Annual report of the Central Committee of the Association together with the report of the directors of the Pasteur Institute at Kasauli
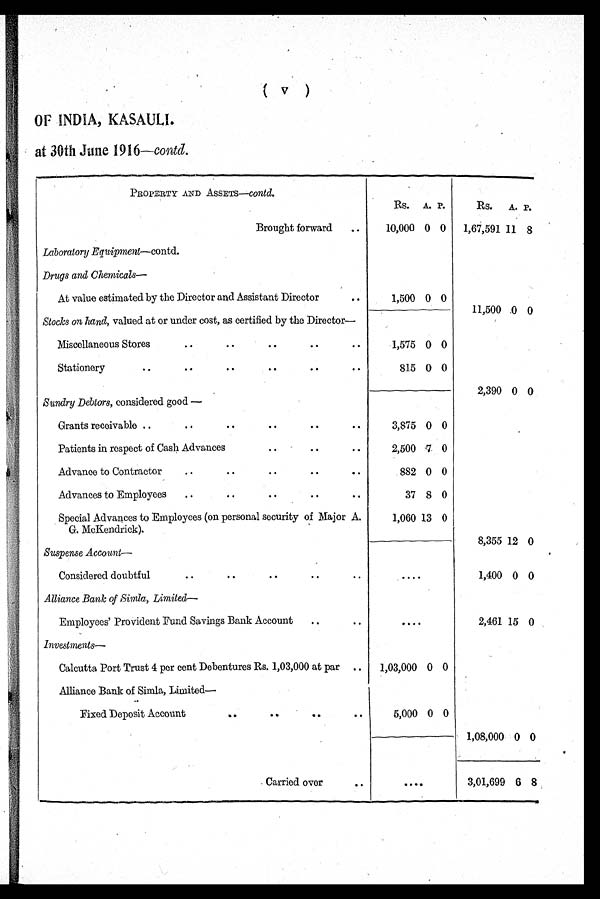
( v )
OF INDIA, KASAULI.
at 30th June 1916—contd .
PROPERTY AND ASSETS— contd.
Rs.
A .
P.
Rs. A. P.
Brought forward
. .
10,000 0 0 1,67,591 11 8
Laboratory Equipment— contd.
Drugs and Chemicals—
At value estimated by the Director and Assistant Director
..
1,500 0 0
Stocks on hand, valued at or under cost, as certified by the Director—
11,500 0 0
Miscellaneous Stores
..
..
..
..
..
1,575 0 0
Stationery
..
..
..
..
..
..
815 0 0
Sundry Debtors, considered good —
2,390 0 0
Grants receivable ..
..
..
..
..
..
3,875 0 0
Patients in respect of Cash Advances
..
..
..
2, 500 7 0
Advance to Contractor ..
..
..
..
..
882 0 0
Advances to Employees ..
..
..
..
..
37 8 0
Special Advances to Employees (on personal security of Major A.
G. McKendrick).
1,060 13 0
Suspense Accoun—
8,355 12 0
Considered doubtful
..
..
..
..
..
....
1,400 0 0
Alliance Bank of Simla, Limited
—
Employees' Provident Fund Savings Bank Account
..
..
....
2,461 15 0
Investments—
Calcutta Port Trust 4 per cent Debentures Rs. 1,03,000 at par ..
1,03,000 0 0
Alliance Bank of Simla, Limited—
Fixed Deposit Account
..
..
..
..
5,000 0 0
1,08,000 0 0
C a r r i e d o v e r . .
....
6 8